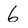
Character: 6